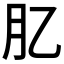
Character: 肊